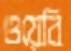
ওয়েবি